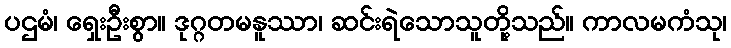
ပဌမံ၊ ရှေးဦးစွာ။ ဒုဂ္ဂတမနူဿာ၊ ဆင်းရဲသောသူတို့သည်။ ကာလမကံသု၊